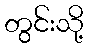
တွင်းသို့